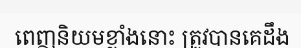
ពេញនិយមខ្លាំងនោះ ត្រូវបានគេដឹង